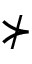
\nsucc